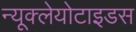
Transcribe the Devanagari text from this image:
न्यूक्लेयोटाइडस